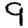
Digit: 9